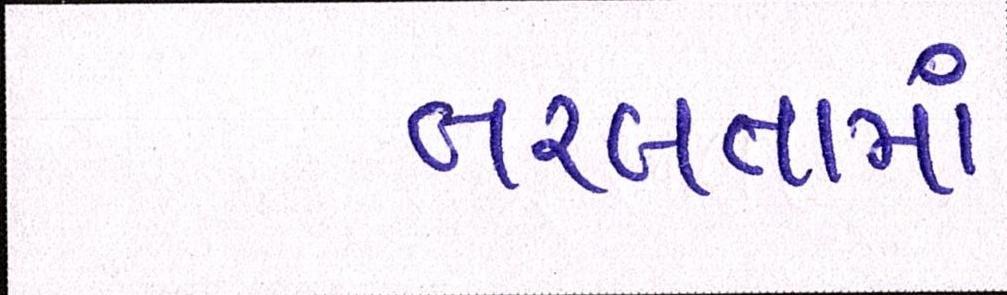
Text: તરલતામાં